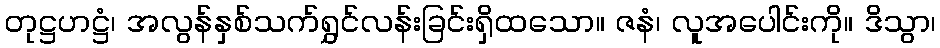
တုဋ္ဌဟဋ္ဌံ၊ အလွန်နှစ်သက်ရွှင်လန်းခြင်းရှိထသော။ ဇနံ၊ လူအပေါင်းကို။ ဒိသွာ၊